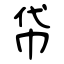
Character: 帒